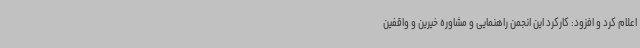
اعلام کرد و افزود: کارکرد این انجمن راهنمایی و مشاوره خیرین و واقفین